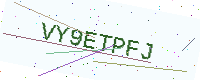
Text: VY9ETPFJ